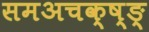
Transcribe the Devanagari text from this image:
समअचक्ष्ङ्